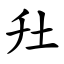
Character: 圱